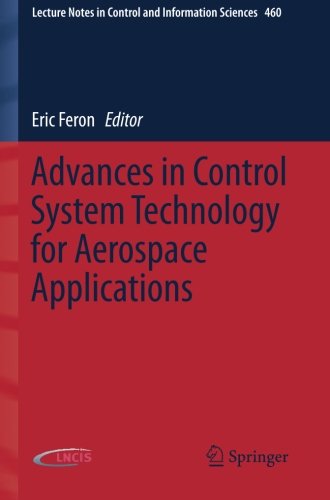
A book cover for Advances in Control System Technology for Aerospace Applications (Lecture Notes in Control and Information Sciences); Engineering & Transportation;